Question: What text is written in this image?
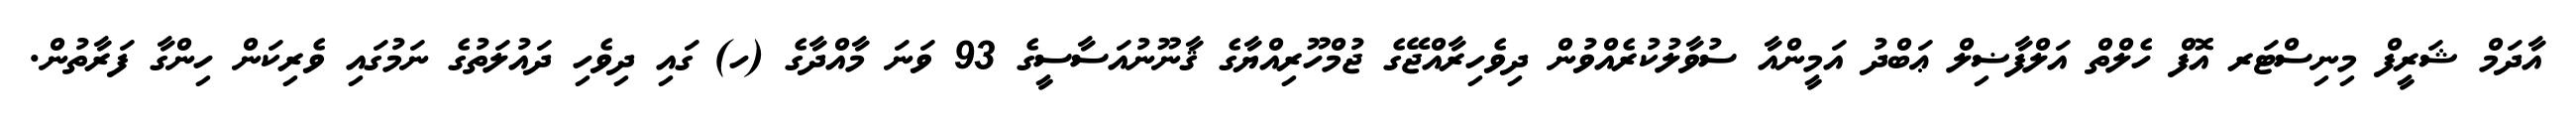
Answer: އާދަމް ޝަރީފް މިނިސްޓަރ އޮފް ހެލްތް އަލްފާޟިލް ޢަބްދު އަމީންއާ ސުވާލުކުރެއްވުން ދިވެހިރާއްޖޭގެ ޖުމްހޫރިއްޔާގެ ޤާނޫނުއަސާސީގެ 93 ވަނަ މާއްދާގެ (ހ) ގައި ދިވެހި ދައުލަތުގެ ނަމުގައި ވެރިކަން ހިންގާ ފަރާތުން.